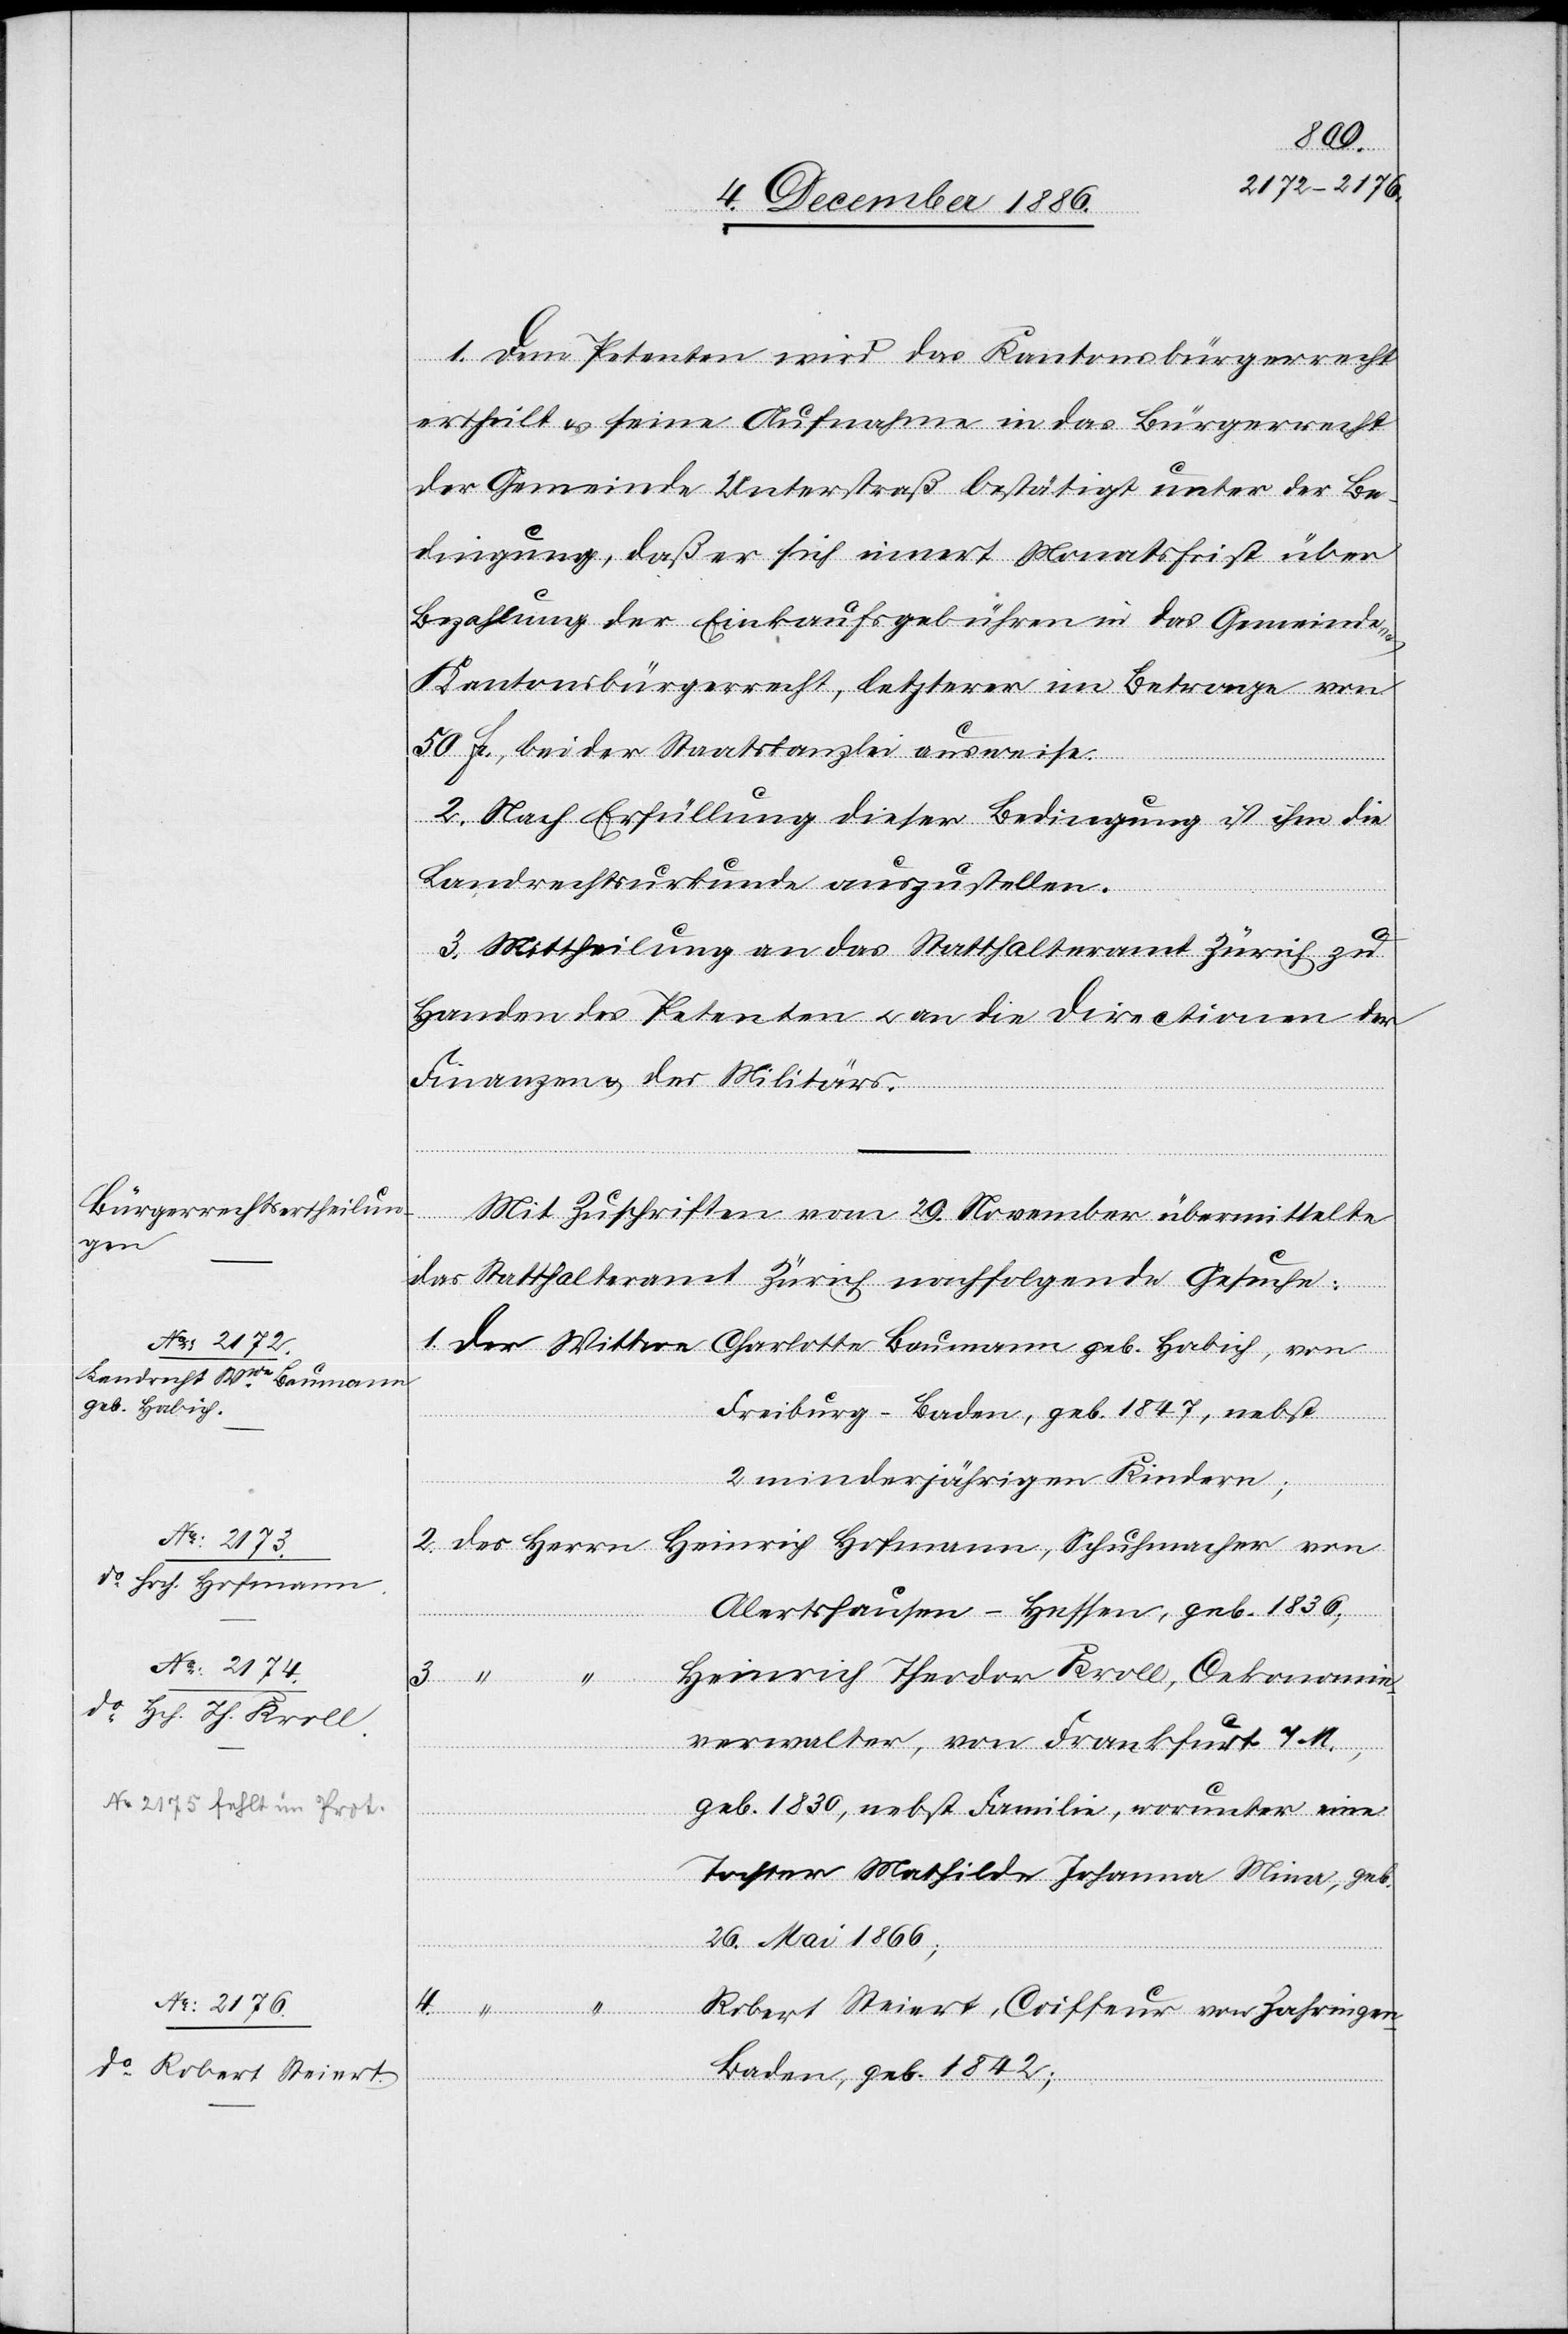
1. Dem Petenten wird das Kantonsbürgerrecht
ertheilt & seine Aufnahme in das Bürgerrecht
der Gemeinde Unterstraß bestätigt unter der Be¬
dingung, daß er sich innert Monatsfrist über
Bezahlung der Einkaufsgebühren in das Gemeinde-
Kantonsbürgerrecht, letzterer im Betrage von
50 Fr., bei der Staatskanzlei ausweise.
2. Nach Erfüllung dieser Bedingung ist ihm die
Landrechtsurkunde auszustellen.
3. Mittheilung an das Statthalteramt Zürich zu
Handen des Petenten & an die Directionen der
Finanzen & des Militärs.
Mit Zuschriften vom 29. November übermittelte
das Statthalteramt Zürich nachfolgende Gesuche:
1. der Wittwe Charlotte Baumann geb. Habich, von
Freiburg - Baden, geb. 1847, nebst
2 minderjährigen Kindern;
2. des Herrn Heinrich Hofmann, Schuhmacher von
Alertshausen - Hessen, geb. 1836;
Heinrich Theodor Kroll, Oekonomie¬
verwalter, von Frankfurt a/M.,
geb. 1830, nebst Familie, worunter eine
Tochter Mathilde Johanna Mina, geb.
26. Mai 1866;
Robert Steiert, Coiffeur von Zahringen
Baden, geb. 1842;
Herrn]